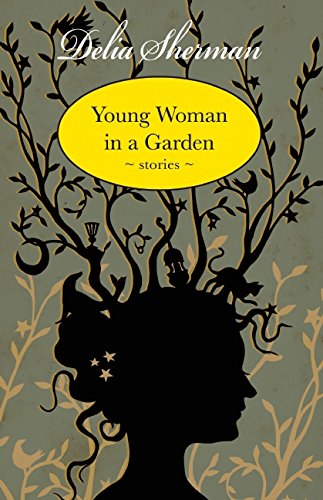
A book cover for Young Woman in a Garden: Stories; Delia Sherman; Literature & Fiction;